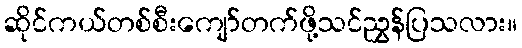
ဆိုင်ကယ်တစ်စီးကျော်တက်ဖို့သင်ညွှန်ပြသလား။